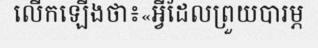
លើកឡើងថា៖«អ្វីដែលព្រួយបារម្ភ